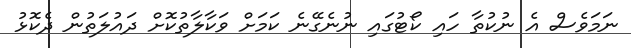
ނަމަވެސް އެ ނުކުތާ ހައި ކޯޓުގައި ނުނެގޭނެ ކަމަށް ވަކާލާތުކޮށް ދައުލަތުން ދެކޮޅު